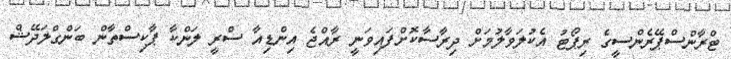
ޓްރާންސްޕޭރެންސީގެ ރިޕޯޓު އެކުލަވާލުމަށް ދިރާސާކޮށްފައިވަނީ ރާއްޖެ އިންޑިއާ ސްރީ ލަންކާ ޕާކިސްތާން ބަންގްލަދޭޝް